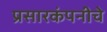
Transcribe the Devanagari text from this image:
प्रसारकंपनीचे